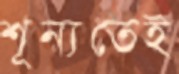
শূন্যতেই